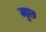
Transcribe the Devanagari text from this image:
मुछ